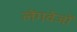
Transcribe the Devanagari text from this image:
लेंगवेजों